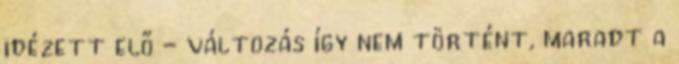
idézett elő - változás így nem történt, maradt a